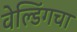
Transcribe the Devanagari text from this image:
वेल्डिंगचा